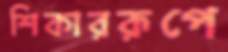
শিকাররূপে